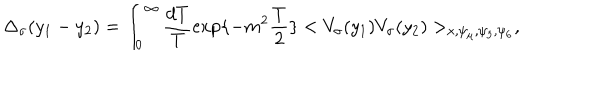
LaTeX: \Delta _ { \sigma } ( y _ { 1 } - y _ { 2 } ) = \int _ { 0 } ^ { \infty } \frac { d T } { T } \exp \{ - m ^ { 2 } \frac { T } { 2 } \} < V _ { \sigma } ( y _ { 1 } ) V _ { \sigma } ( y _ { 2 } ) > _ { x , \psi _ { \mu } , \psi _ { 5 } , \psi _ { 6 } } ,